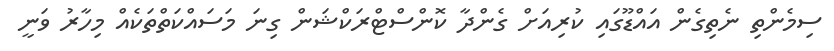
ސިމެންތި ނެތިގެން އައްޑޫގައި ކުރިއަށް ގެންދާ ކޮންސްޓްރަކްޝަން ގިނަ މަސައްކަތްތަކެއް މިހާރު ވަނީ